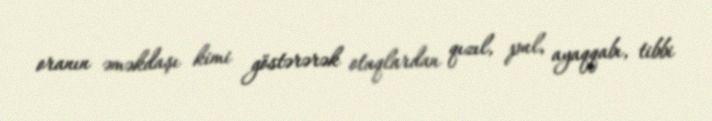
oranın əməkdaşı kimi göstərərək otaqlardan qızıl, pul, ayaqqabı, tibbi